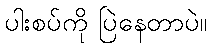
ပါးစပ်ကို ပြဲနေတာပဲ။